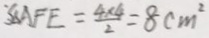
S \Delta A F E = \frac { 4 \times 4 } { 2 } = 8 c m ^ { 2 }